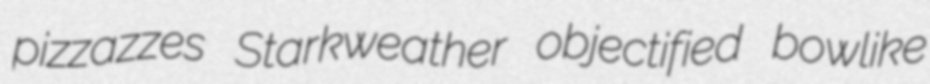
pizzazzes Starkweather objectified bowlike